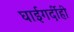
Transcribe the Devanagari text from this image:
घाईगर्दीही